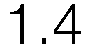
1.4